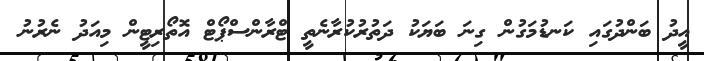
އީދު ބަންދުގައި ކަނޑުމަގުން ގިނަ ބަޔަކު ދަތުރުކުރާނެތީ ޓްރާންސްޕޯޓް އޮތޯރިޓީން މިއަދު ނެރުނު